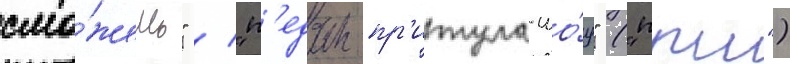
смо́жешь" / "п'едан-пр'итула-шо́у" ("ппш")